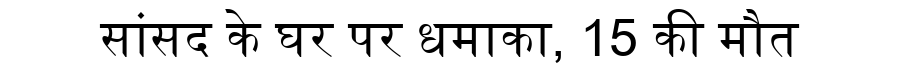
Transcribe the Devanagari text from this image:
सांसद के घर पर धमाका, 15 की मौत